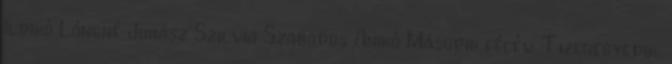
Ildikó Lángné Juhász Szilvia Szabados Anikó Második félév Tizenegyedik,